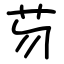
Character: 芴